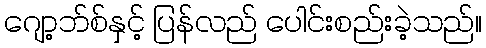
ဂျော့ဘ်စ်နှင့် ပြန်လည် ပေါင်းစည်းခဲ့သည်။